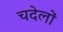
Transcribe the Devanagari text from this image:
चदेलों